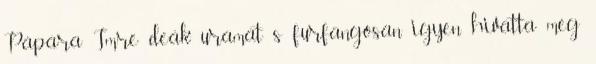
Pápára Imre deák uramat s furfangosan igyen hivatta meg